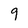
Character: 9